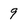
Character: 9